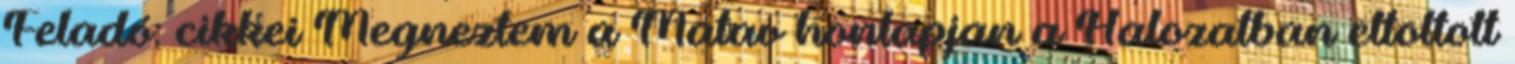
Feladó: cikkei Megneztem a Matav honlapjan a Halozatban eltoltott